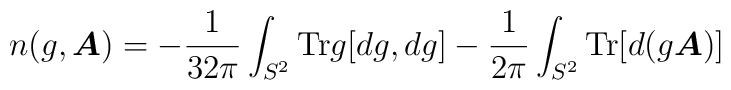
n(g,\mbox{\boldmath$A$}) = -\frac{1}{32\pi}\int_{S^{2}} {\rm Tr}g [dg,dg] - \frac{1}{2\pi}\int_{S^{2}}  {\rm Tr} [d(g \mbox{\boldmath$A$})]